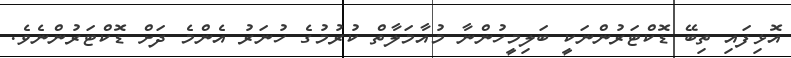
އޮޅިފައި ތިބޭ ޑޮކްޓަރުންނަކީ ބަލިމީހުންނާ މުއާމަލާތް ކުރުމުގެ ހުނަރު އެންމެ ދަށް ޑޮކްޓަރުންނެވެ.